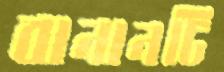
বানানটি